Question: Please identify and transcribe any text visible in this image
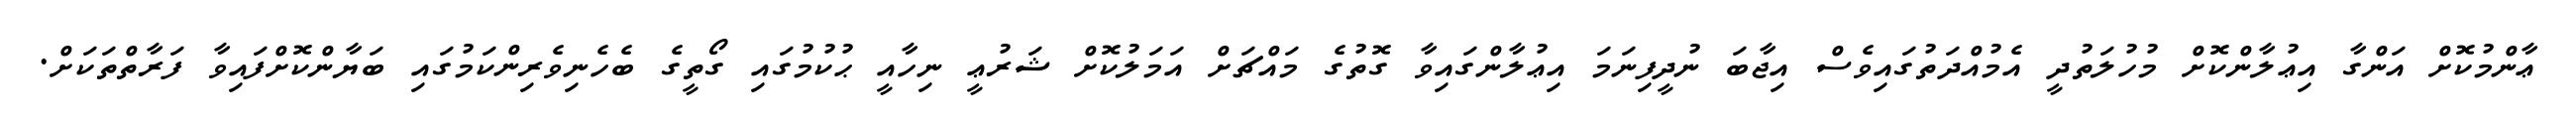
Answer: ޢާންމުކޮށް އަންގާ އިޢުލާންކޮށް މުހުލަތުދީ އެމުއްދަތުގައިވެސް އިޖާބަ ނުދީފިނަމަ އިޢުލާންގައިވާ ގޮތުގެ މައްޗަށް އަމަލުކޮށް ޝަރުޢީ ނިހާއީ ޙުކުމުގައި ގޯތީގެ ބެހެނިވެރިންކަމުގައި ބަޔާންކޮށްފައިވާ ފަރާތްތަކަށް.